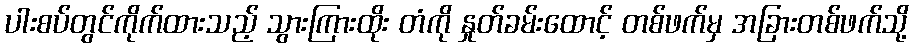
ပါးစပ်တွင်ကိုက်ထားသည့် သွားကြားထိုး တံကို နှုတ်ခမ်းထောင့် တစ်ဖက်မှ အခြားတစ်ဖက်သို့